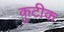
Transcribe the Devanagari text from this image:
कुटीक